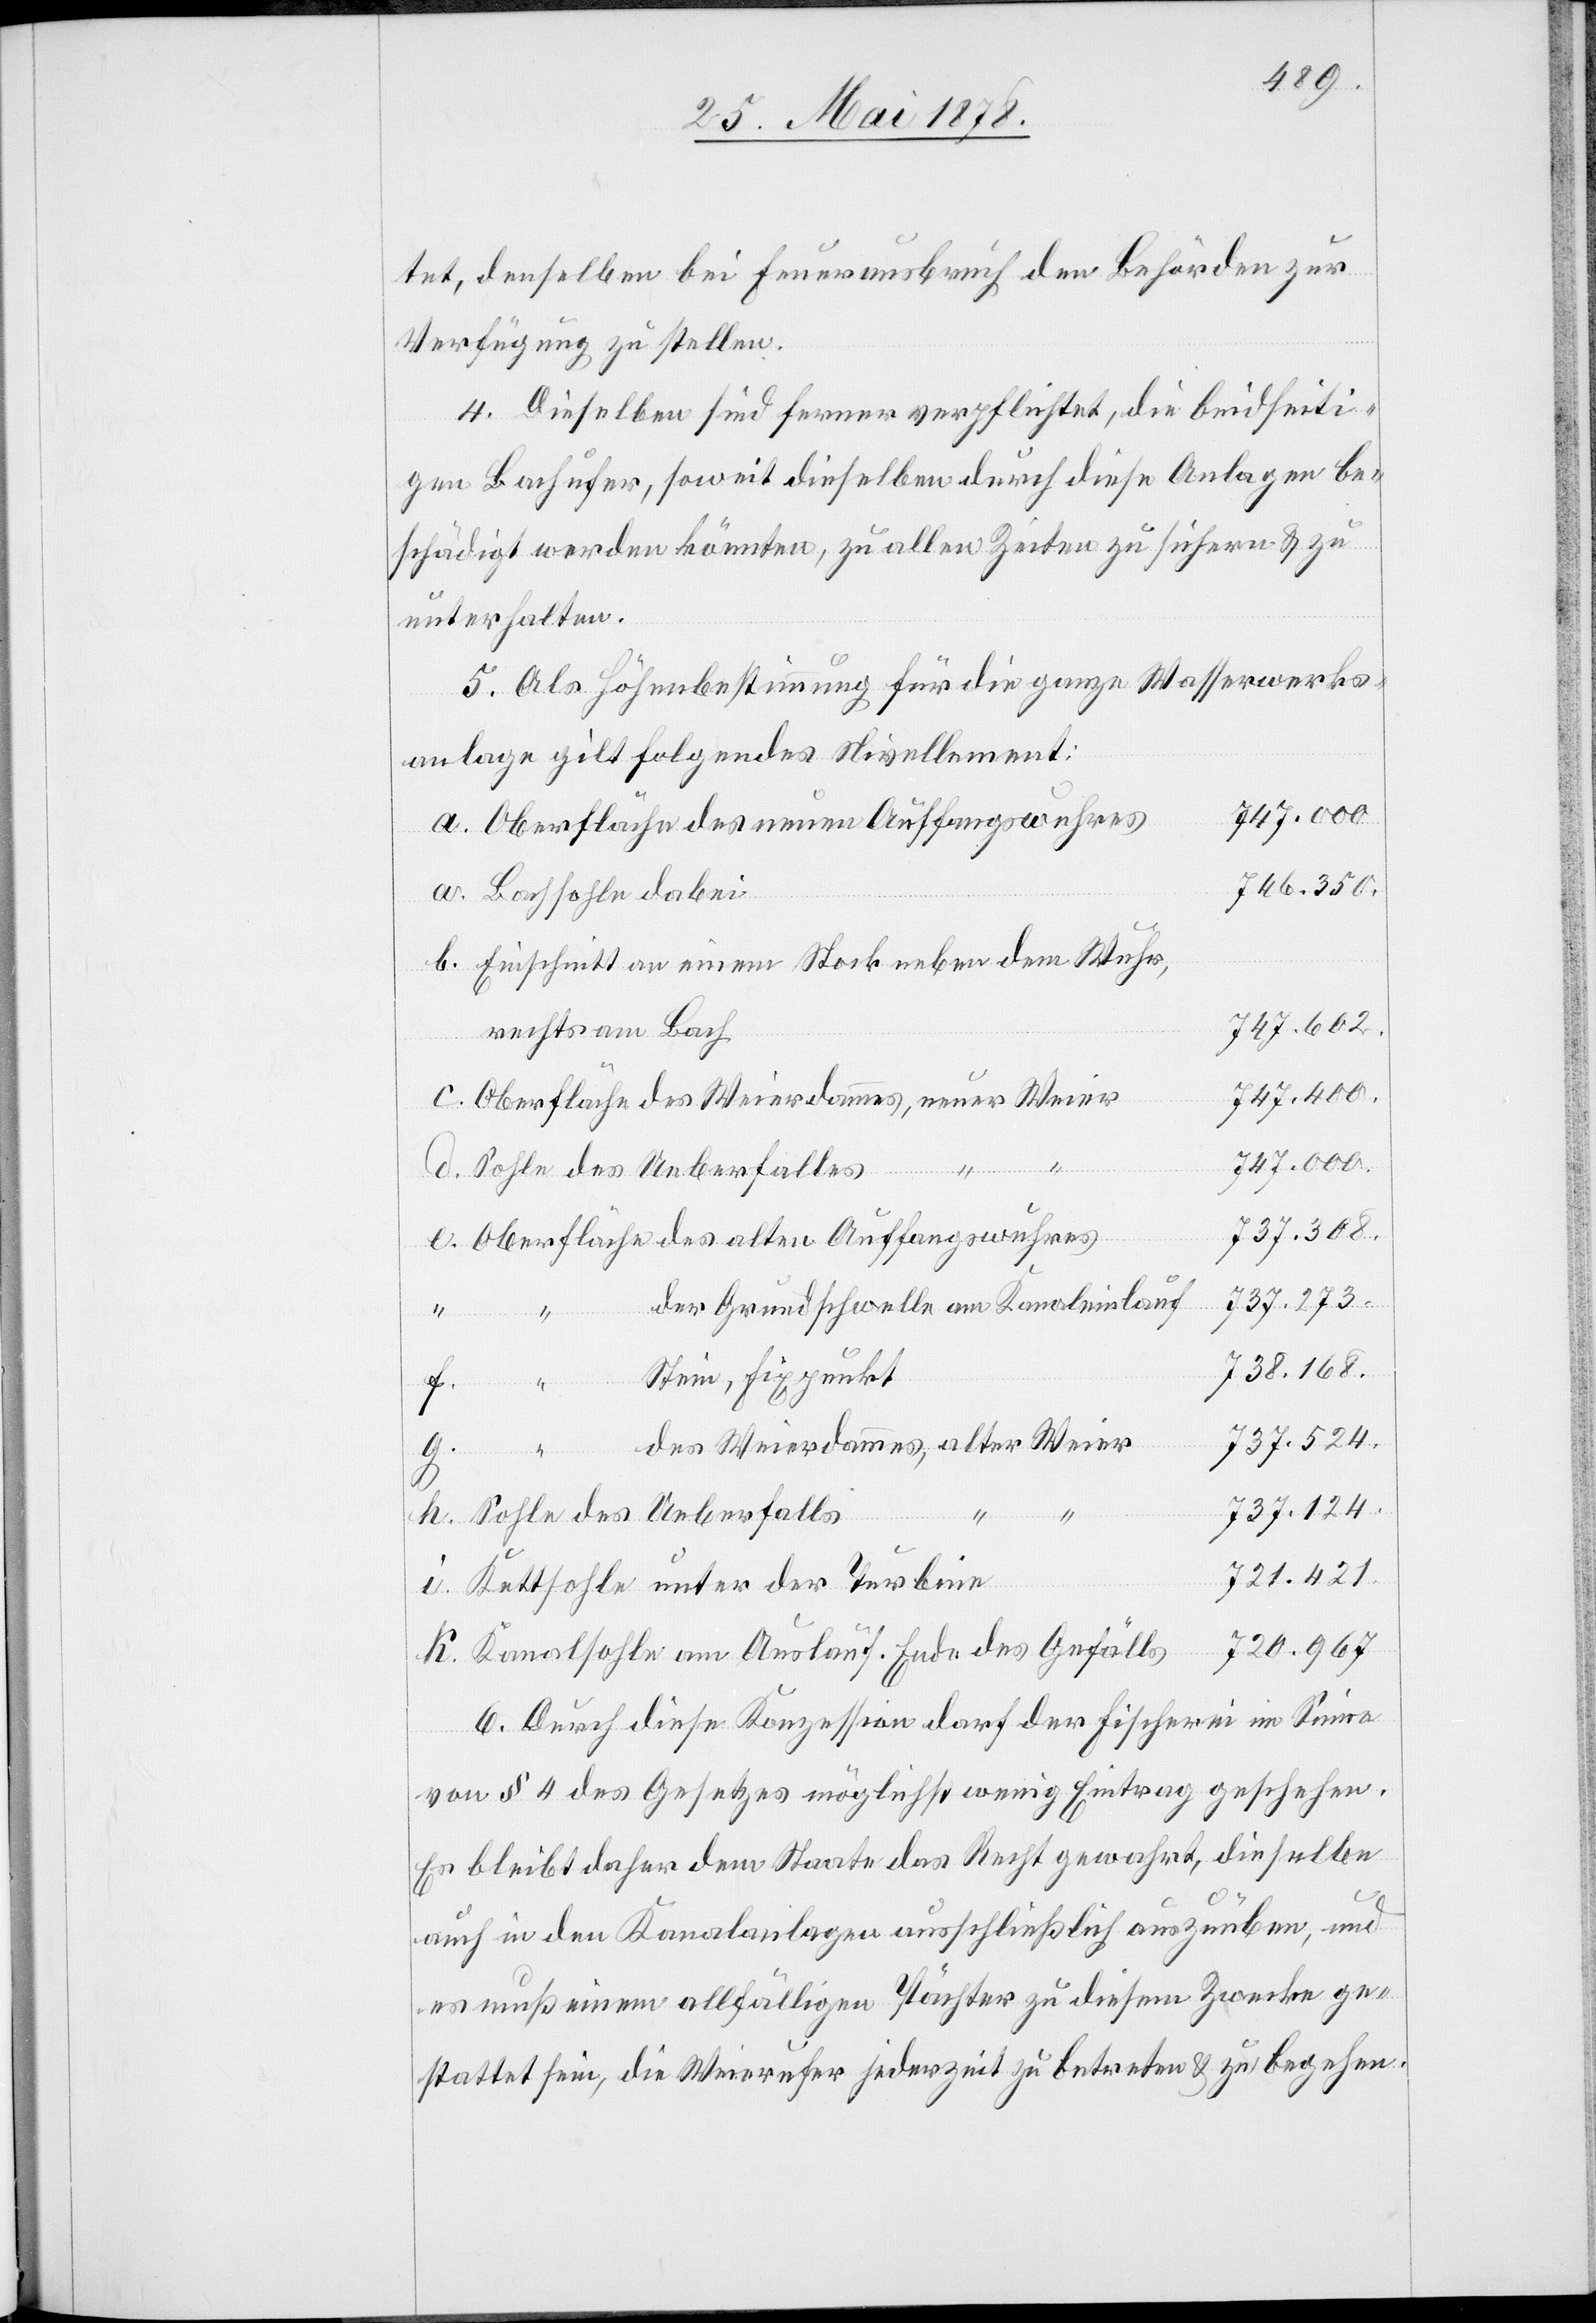
tet, denselben bei Feuerausbruch den Behörden zur
Verfügung zu stellen.
4. Dieselben sind ferner verpflichtet, die beidseiti¬
gen Bachufer, soweit dieselben durch diese Anlagen be¬
schädigt werden könnten, zu allen Zeiten zu sichern & zu
unterhalten.
5. Als Höhenbestimmung für die ganze Wasserwerks¬
anlage gilt folgendes Nivellement:
Oberfläche des neuen Auffangswuhres
746.350
Bachsohle dabei
Einschnitt an einem Stock neben dem Wuhr,
747.602
rechts am Bach
747.400
Oberfläche des Weierdamms, neuer Weier
747.000
Sohle des Ueberfalls
e.
737.308
Oberfläche des alten Auffangswuhres
737.273
der Grundschwelle am Kanaleinlauf
738.168
Stein, Fixpunkt
737.524
des Weierdammes, alter Weier
k.
Gefälls
737.124
721.421
Kettsohle unter der Turbine
6. Durch diese Konzession darf der Fischerei im Sinne
von § 4 des Gesetzes möglichst wenig Eintrag geschehen.
Es bleibt daher dem Staate das Recht gewahrt, dieselbe
auch in den Kanalanlagen ausschließlich auszuüben, und
es muß einem allfälligen Pächter zu diesem Zwecke ge¬
stattet sein, die Weierufer jederzeit zu betreten & zu begehen.